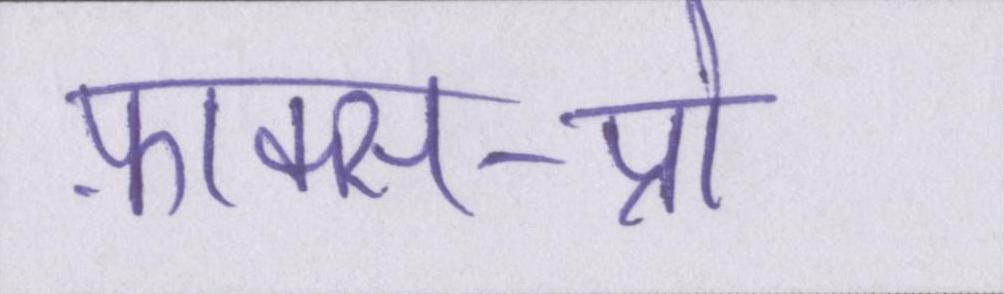
फ़ाक्स-प्रो